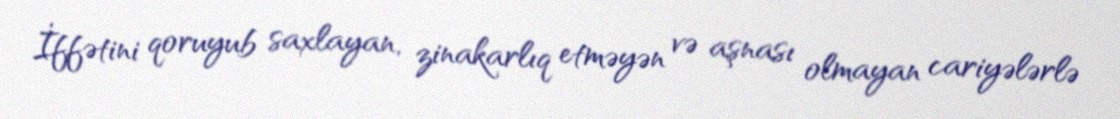
İffətini qoruyub saxlayan, zinakarlıq etməyən və aşnası olmayan cariyələrlə